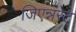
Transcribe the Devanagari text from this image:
जिएन्नरेट